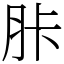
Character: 胩